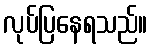
လုပ်ပြနေရသည်။